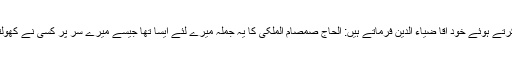
چنانچہ اس واقعہ کی حکایت کرتے ہوئے خود آقا ضیاء الدین فرماتے ہیں: الحاج صمصام الملکی کا یہ جملہ میرے لئے ایسا تھا جیسے میرے سر پر کسی نے کھولتے ہوئے پانی گھڑا گرا دیا ہو۔